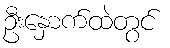
ဦးနှောက်ထဲတွင်